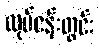
လုပ်ငန်းတွင်း